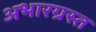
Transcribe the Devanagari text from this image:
अभारग्रस्त